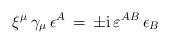
LaTeX: \begin{align*}\xi^\mu \,\gamma_\mu \, \epsilon^A \, = \, \pm \mbox{i} \, \varepsilon ^{AB} \,\epsilon_B\end{align*}